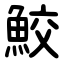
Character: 鮫